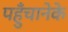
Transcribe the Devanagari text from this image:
पहुँचानेके